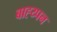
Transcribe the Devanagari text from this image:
बाह्य्पन